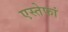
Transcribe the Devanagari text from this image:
एस्तेफां